Annual report of the Punjab Veterinary College and of the Civil Veterinary Department, Punjab - 1894-1908
Year: 1894
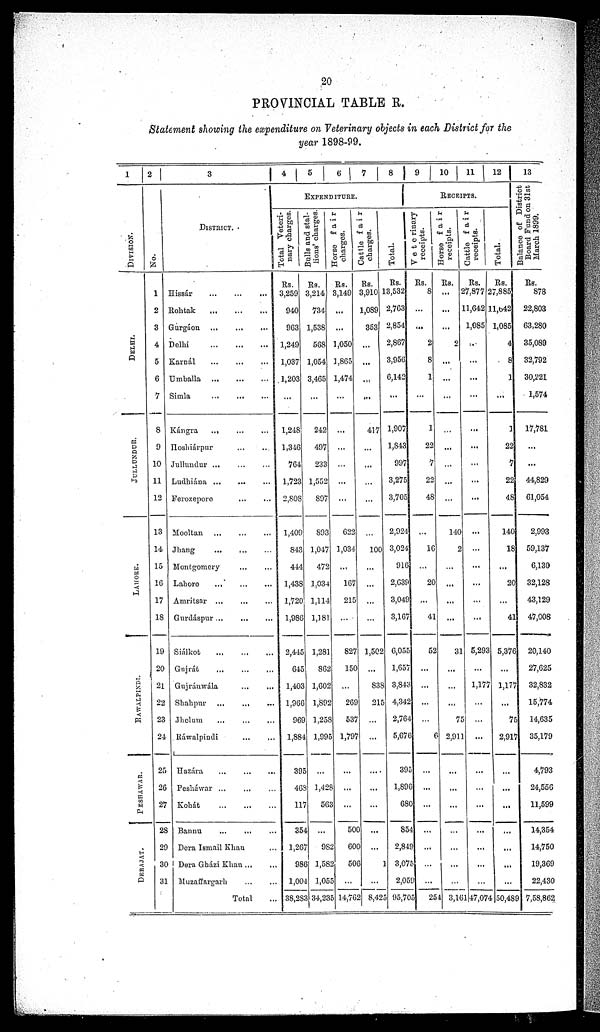
20
PROVINCIAL TABLE R.
Statement showing the expenditure on Veterinary objects in each District for the
year 1898-99.
1
DI VI SI ON.
DELHI.
JULLUNDUR.
LAHORE.
RAWALPINDI.
PESHAWAR.
DERAJAT.
2
No.
1
2
3
4
5
6
7
8
9
10
11
12
13
14
15
16
17
18
19
20
21
22
23
24
25
26
27
28
29
30
31
3
DISTRICT.
Hissár
...
...
...
Rohtak
...
...
...
Gurgáon. ...
...
...
Delhi
...
...
...
Kamál
...
...
...
Umballa
...
...
...
Simla ... ... ...
Kángra ... ... ...
Hoshiárpur
...
...
Jullundur ...
...
...
Ludhiána ... ... ...
Ferozepore ... ...
Mooltan
...
...
...
Jhang … … …
Montgomery
Lahore
Amritsar … … …
Gurdáspur … … …
Siálkot
…
…
…
Gujrát … … …
Gujráuwála … …
Shahpur … … …
Jhelum … … …
Ráwalpindi … …
Hazára
…
…
…
Peshawar ...
Kohát … … …
Bannu … … …
Dera Ismail Khan ...
Dera Gházi Khan ... ...
Muzaffargarh ... ...
Total ...
4
5
6
7
8
EXPENDITURE.
Total Veteri-
nary charges.
Rs.
3,259
940
963
1,249
1,037
1,203
...
1,248
1,346
764
1,723
2,808
1,409
843
444
1,438
1,720
1,986
2,445
645
1,403
1,966
969
1,884
395
465
117
354
1,267
986
1,004
38,283
Bulla and stal-
lions' charges.
Horse fair
Rs.
3,214
734
1,538
568
1,054
3,465
...
242
497
233
1,552
897
893
1,047
472
1,034
1,114
1,181
1,281
862
1,602
1,892
1,258
1,995
...
1,428
568
...
982
1,582
1,055
34,235
charges.
Rs.
149
...
...
1,050
1,865
474
...
...
...
...
...
...
622
1,034
...
167
215
...
827
150
...
269
537
1,797
...
...
...
500
60
506
...
14,762
Cattle fair
charges.
Rs.
3,910
1,089
353
...
...
...
...
417
...
...
...
...
...
100
...
...
...
...
1,502
...
838
215
...
...
...
...
...
...
...
...
8,425
Total.
Rs.
13,532
2,763
2,854
2,867
3,956
6,142
...
1,907
1,843
997
3,275
3,705
2,924
3,024
9i6
2,639
3,049
3,167
6,055
1,657
3,843
4,342
2,764
5,676
395
1,896
680
854
2,849
3,075
2,059
95,705
9 10 11 12
RECEIPTS.
Veterinary
receipts.
Rs.
8
...
...
2
8
1
...
1
22
7
22
48
...
16
...
20
...
41
52
...
...
...
...
6
...
...
...
...
...
...
...
254
Horse fair
receipts.
Rs.
...
...
...
2
...
...
...
...
...
...
...
...
140
2
...
...
...
...
31
...
...
...
75
2,911
...
...
...
...
...
...
...
3,161
Cattle
fair
receipts.
Rs.
27,877
11,642
1,085
..
...
...
...
...
...
...
...
...
...
...
...
...
...
...
5,293
...
1,177
...
...
...
...
...
...
...
...
...
...
47,074
Total.
Rs.
27,885
11,642
1,085
4
8
1
...
1
22
7
22
48
140
18
...
20
...
41
5,376
...
1,177
...
75
2,917
...
...
...
...
...
...
...
50,489
13
Balance of District
Board Fund on 31st
March 1899.
Rs.
878
22,803
63,280
35,089
32,792
30,221
1,574
17,781
...
...
44,829
61,054
2,993
59,137
6,130
32,128
43,129
47,008
20,140
27,625
32,832
15,774
14,635
35,179
4,793
24,556
11,599
14,354
14,750
19,369
22,430
7,58,862